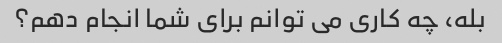
بله، چه کاری می توانم برای شما انجام دهم؟